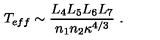
T _ { e f f } \sim { \frac { L _ { 4 } L _ { 5 } L _ { 6 } L _ { 7 } } { n _ { 1 } n _ { 2 } \kappa ^ { 4 / 3 } } } \ .